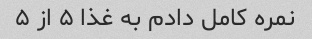
نمره کامل دادم به غذا ۵ از ۵